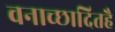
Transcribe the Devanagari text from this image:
वनाच्‍छादितहै